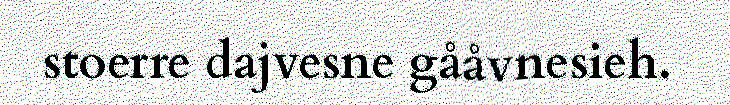
stoerre dajvesne gååvnesieh.